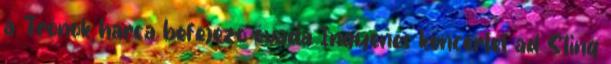
a Trónok harca befejező évada Ingyenes koncertet ad Sting